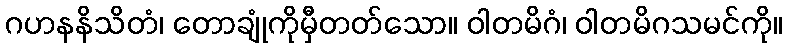
ဂဟနနိသိတံ၊ တောချုံကိုမှီတတ်သော။ ဝါတမိဂံ၊ ဝါတမိဂသမင်ကို။